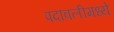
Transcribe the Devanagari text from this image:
पदावलीमध्ये